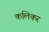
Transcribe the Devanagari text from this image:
कलिकर